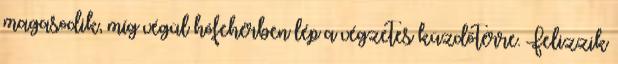
magasodik, míg végül hófehérben lép a végzetes küzdőtérre. Felizzik